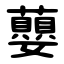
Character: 蘡